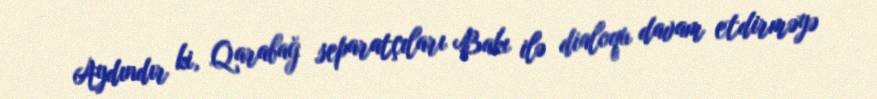
Aydındır ki, Qarabağ separatçıları Bakı ilə dialoqu davam etdirməyə